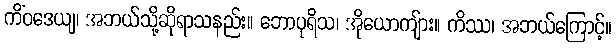
ကိံဝဒေယျ၊ အဘယ်သို့ဆိုရာသနည်း။ ဘောပုရိသ၊ အိုယောကျ်ား။ ကိဿ၊ အဘယ်ကြောင့်။